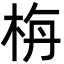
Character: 栴